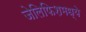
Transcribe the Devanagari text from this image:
जेलिफिशमध्ये